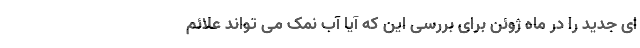
ای جدید را در ماه ژوئن برای بررسی این که آیا آب نمک می تواند علائم